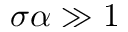
\sigma \alpha \gg 1